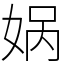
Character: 娲